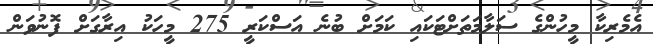
އެމެރިކާ މީހުންގެ ސަލާމަތަށްޓަކައި ކަމަށް ބުނެ އަސްކަރީ 275 މީހަކު އިރާގަށް ފޮނުވަން